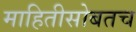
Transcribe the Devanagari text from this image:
माहितीसोबतच